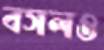
বসলও